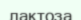
лактоза